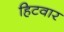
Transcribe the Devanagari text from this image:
हिटवार